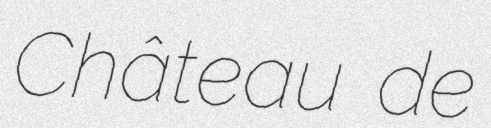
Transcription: Château de